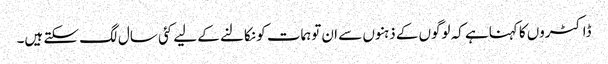
ڈاکٹروں کا کہناہے کہ لوگوں کے ذہنوں سے ان توہمات کو نکالنے کے لیے کئی سال لگ سکتے ہیں۔